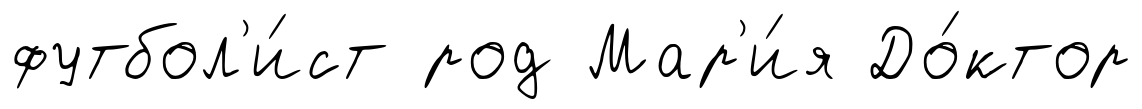
футбол'и́ст род Мар'и́я До́ктор